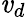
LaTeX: \mathit{v}_{d}